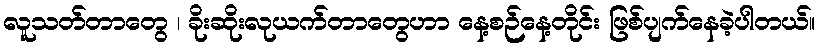
လူသတ်တာတွေ ၊ ခိုးဆိုးလုယက်တာတွေဟာ နေ့စဉ်နေ့တိုင်း ဖြစ်ပျက်နေခဲ့ပါတယ်။